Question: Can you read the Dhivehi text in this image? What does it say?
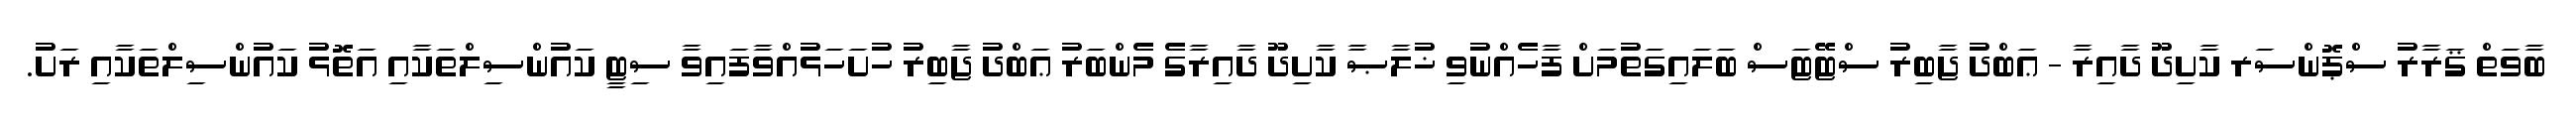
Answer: ބާވަތް ޤަރާރު ސްޕޮންސަރ ކާށިދޫ ދާއިރާ - ޢަބްދު ޖާބިރު ސްޓޭޓަސް ބަލައިގަތުމަށް ފާހެއްނުވި ޚުލާޞާ ކާށިދޫ ދާއިރާގެ މެންބަރު ޢަބްދު ޖާބިރު ހުށަހަޅުއްވާފައިވާ ސިޓީ ކައުންސިލްތަކާއި އަތޮޅު ކައުންސިލްތަކާއި ރަށު.